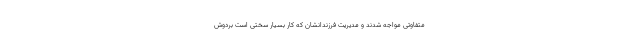
متفاوتی مواجه شدند و مدیریت فرزندانشان که کار بسیار سختی است بردوش